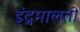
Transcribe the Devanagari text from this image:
इंद्रमालती